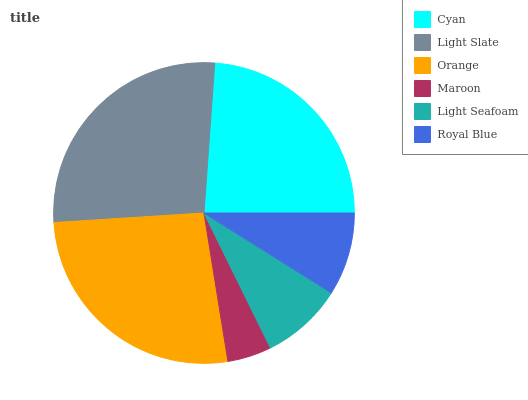
| Cyan | Light Slate | Orange | Maroon | Light Seafoam | Royal Blue |
 | --- | --- | --- | --- | --- | --- |
 | 23.8% | 27.2% | 26.5% | 4.74% | 8.79% | 8.9% |